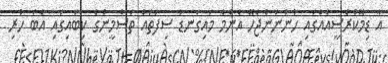
އާ ޑިމޮކްރެސީއެއްގައި ހުންނަންޖެހޭ އެންމެ މައިގަނޑު ސިފަތައް ތަސްމީންގެ ކިބައިގައި އެބަ ހުރި